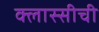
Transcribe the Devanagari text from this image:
क्लास्सीची